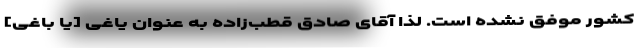
کشور موفق نشده است. لذا آقای صادق قطب‌زاده به عنوان یاغی [یا باغی]